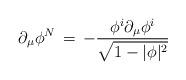
LaTeX: \begin{align*}\partial_\mu \phi^N\, =\, - {\phi^i \partial_\mu \phi^i\over \sqrt{1-|\phi|^2}}\end{align*}